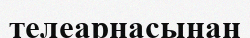
телеарнасынаң